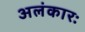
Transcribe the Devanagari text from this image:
अलंकारः